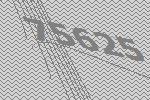
75625